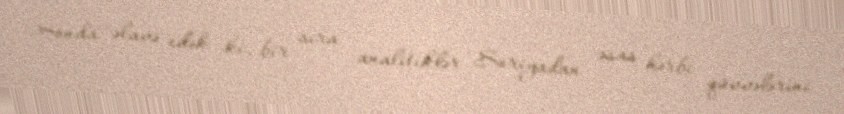
Sonda əlavə edək ki, bir sıra analitiklər Suriyadan əsas hərbi qüvvələrini